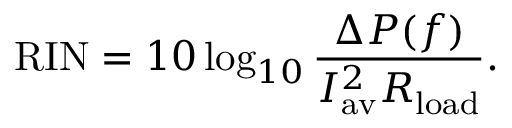
\mathrm { R I N } = 1 0 \log _ { 1 0 } \frac { \Delta P ( f ) } { I _ { \mathrm { a v } } ^ { 2 } R _ { \mathrm { l o a d } } } .